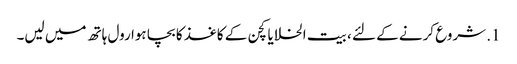
1. شروع کرنے کے لئے ، بیت الخلا یا کچن کے کاغذ کا بچا ہوا رول ہاتھ میں لیں۔